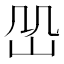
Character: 𡵹